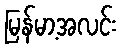
မြန်မာ့အလင်း